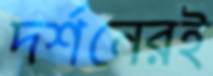
দর্শনেরই